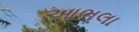
આભલા